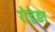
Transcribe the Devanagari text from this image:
रोहेड़ा